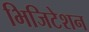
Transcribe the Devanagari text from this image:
भिजिटेशन